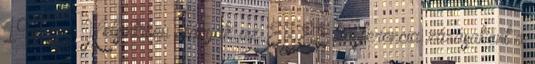
1975 – Helsinkiben aláírják az EBEÉ konferencia zárásaként a